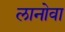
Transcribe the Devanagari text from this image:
लानोवा